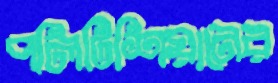
পলিটিশিয়ানের